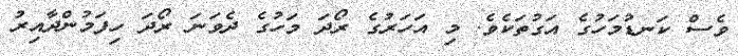
ވެސް ކަނޑުމަހުގެ އަގުތަކެވެ. މި އަހަރުގެ ރޯދަ މަހުގެ ދެވަނަ ރޯދަ ހިފަމުންދާއިރު